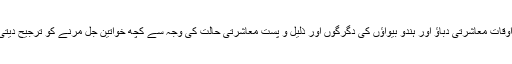
بعض اوقات معاشرتی دباؤ اور ہندو بیواؤں کی دگرگوں اور ذلیل و پست معاشرتی حالت کی وجہ سے کچھ خواتین جل مرنے کو ترجیح دیتی تھیں۔